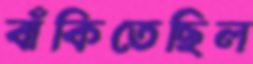
বাঁকিতেছিল